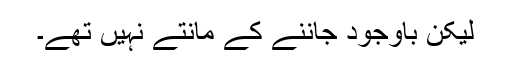
لیکن باوجود جاننے کے مانتے نہیں تھے۔